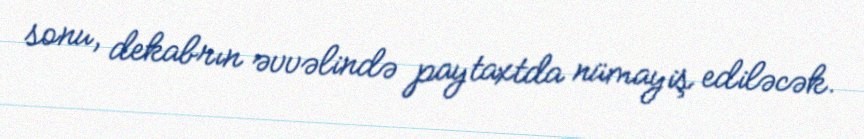
sonu, dekabrın əvvəlində paytaxtda nümayiş ediləcək.